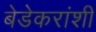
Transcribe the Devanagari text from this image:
बेडेकरांशी